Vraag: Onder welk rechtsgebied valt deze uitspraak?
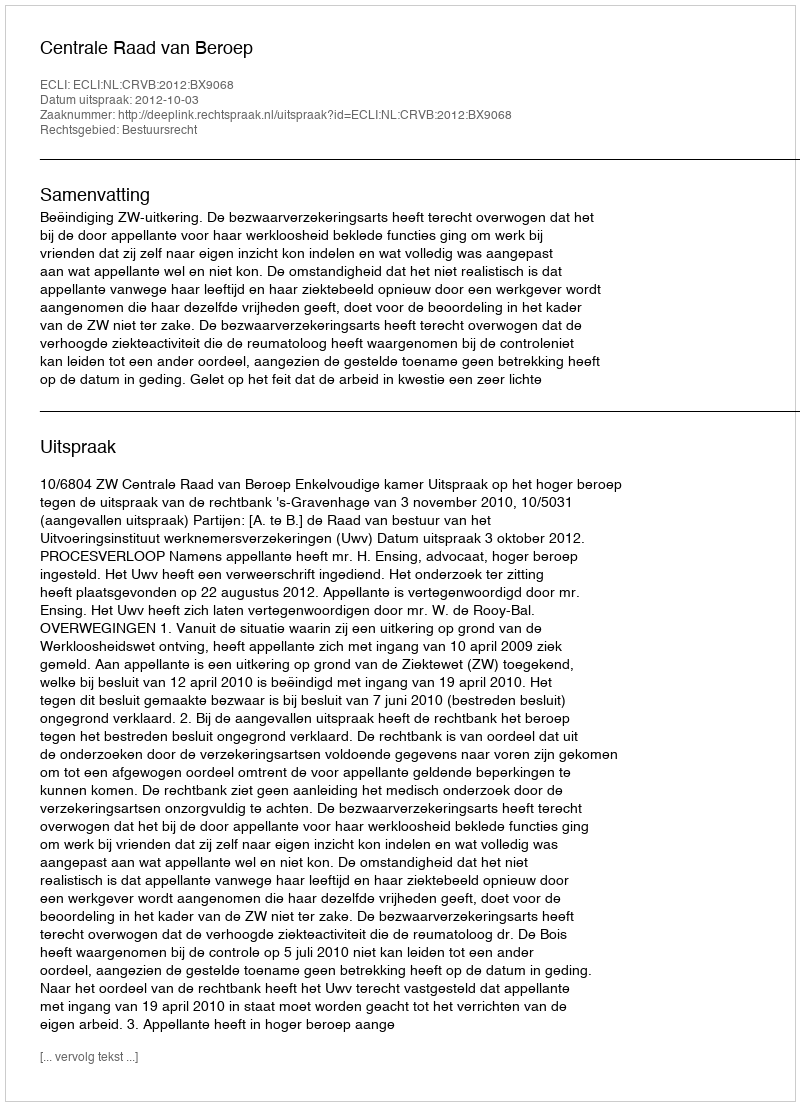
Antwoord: Bestuursrecht